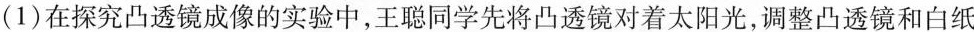
(1)在探究凸透镜成像的实验中，王聪同学先将凸透镜对着太阳光，调整凸透镜和白纸